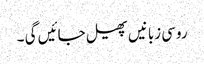
روسی زبانیں پھیل جائیں گی ۔